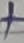
Text: +